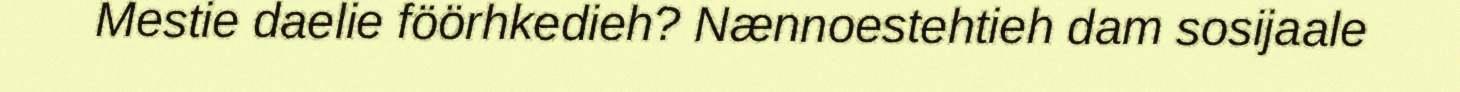
Mestie daelie föörhkedieh? Nænnoestehtieh dam sosijaale